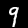
Digit: 9